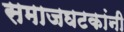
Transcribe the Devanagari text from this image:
समाजघटकांनी